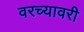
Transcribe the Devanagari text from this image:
वरच्यावरी